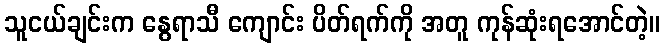
သူငယ်ချင်းက နွေရာသီ ကျောင်း ပိတ်ရက်ကို အတူ ကုန်ဆုံးရအောင်တဲ့။